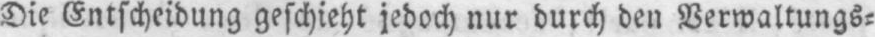
Die Entscheidung geschieht jedoch nur durch den Verwaltungs⸗